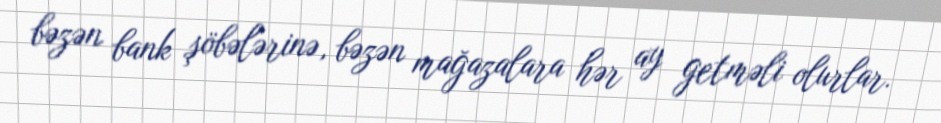
bəzən bank şöbələrinə, bəzən mağazalara hər ay getməli olurlar.